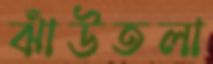
ঝাঁউতলা